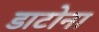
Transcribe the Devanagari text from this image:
डाटोना